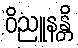
ဝိညူနန္တိ